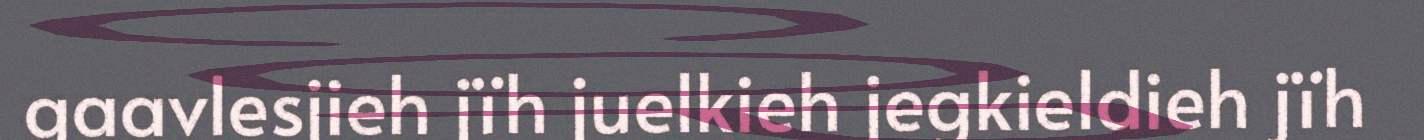
gaavlesjieh jïh juelkieh jegkieldieh jïh